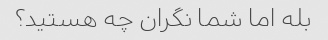
بله اما شما نگران چه هستید؟